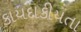
કાયદાકીયતા